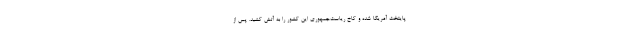
پایتخت آمریکا شده و کاخ ریاست‌جمهوری این کشور را به آتش کشید. پس از